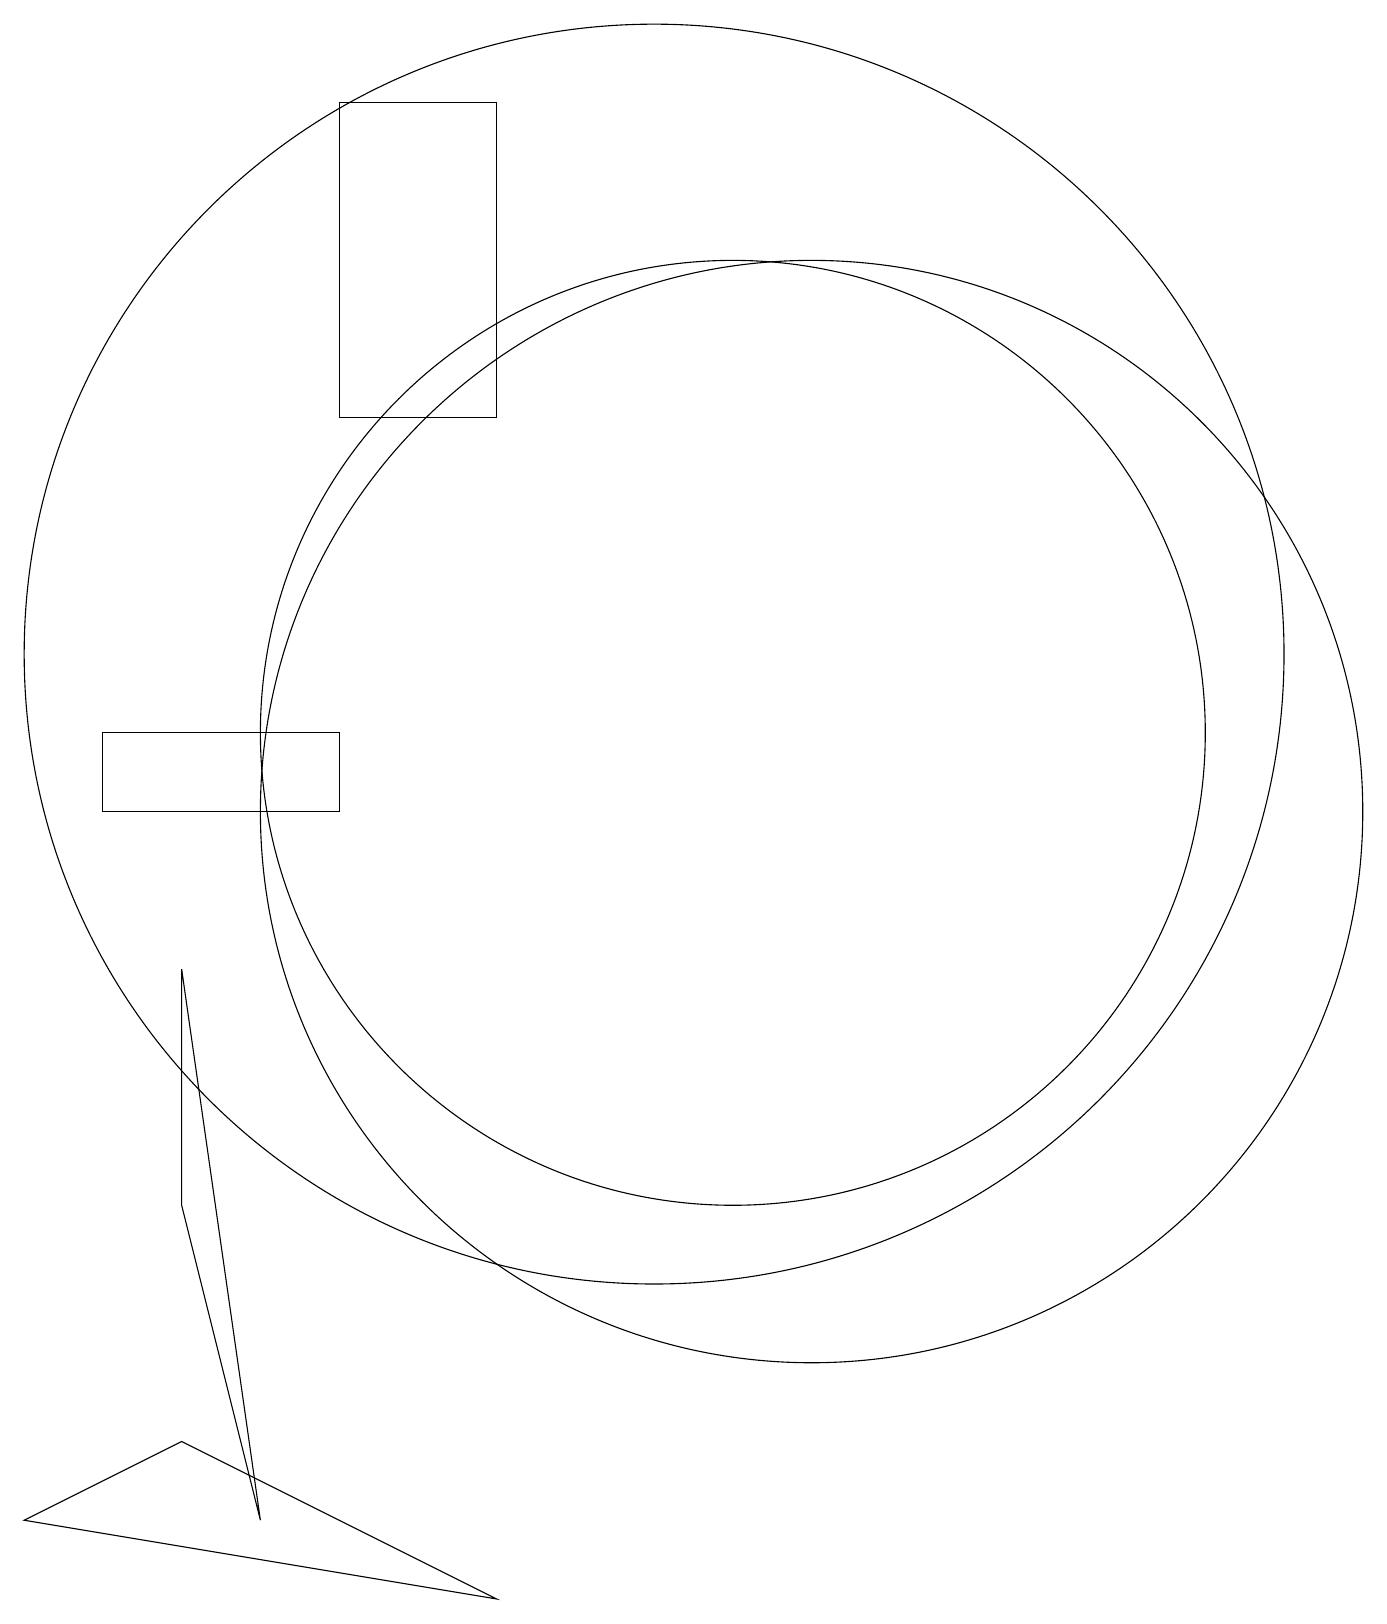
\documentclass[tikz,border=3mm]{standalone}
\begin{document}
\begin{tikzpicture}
\draw (8,19) rectangle (6,15);
\draw (4,5) -- (5,1) -- (4,8) -- cycle;
\draw (11,11) circle (6);
\draw (10,12) circle (8);
\draw (12,10) circle (7);
\draw (3,10) rectangle (6,11);
\draw (2,1) -- (8,0) -- (4,2) -- cycle;
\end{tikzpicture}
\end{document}